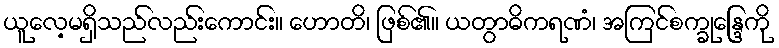
ယူလေ့မရှိသည်လည်းကောင်း။ ဟောတိ၊ ဖြစ်၏။ ယတွာဓိကရဏံ၊ အကြင်စက္ခုန္ဒြေကို